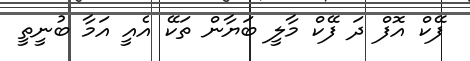
ފޭކް އޮފް ދަ ފޭކް މާލީ ބަޔާން ތަކޭ އެއީ އަމާ ބުނީތީ